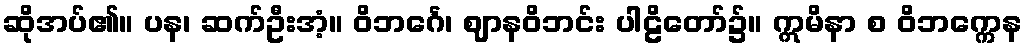
ဆိုအပ်၏။ ပန၊ ဆက်ဦးအံ့။ ဝိဘင်္ဂေ၊ ဈာနဝိဘင်း ပါဠိတော်၌။ ဣမိနာ စ ဝိဘက္ကေန